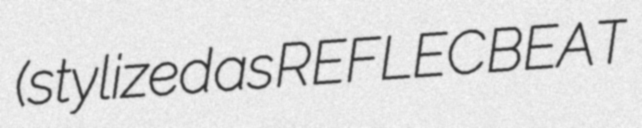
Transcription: (stylized as REFLEC BEAT